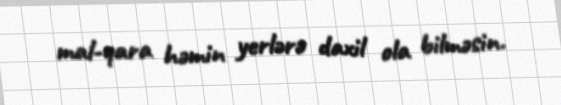
mal-qara həmin yerlərə daxil ola bilməsin.